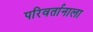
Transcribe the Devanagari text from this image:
परिवर्तानाला